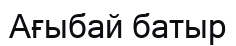
Ағыбай батыр